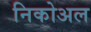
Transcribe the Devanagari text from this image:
निकोअल